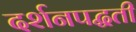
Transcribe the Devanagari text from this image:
दर्शनपद्धती